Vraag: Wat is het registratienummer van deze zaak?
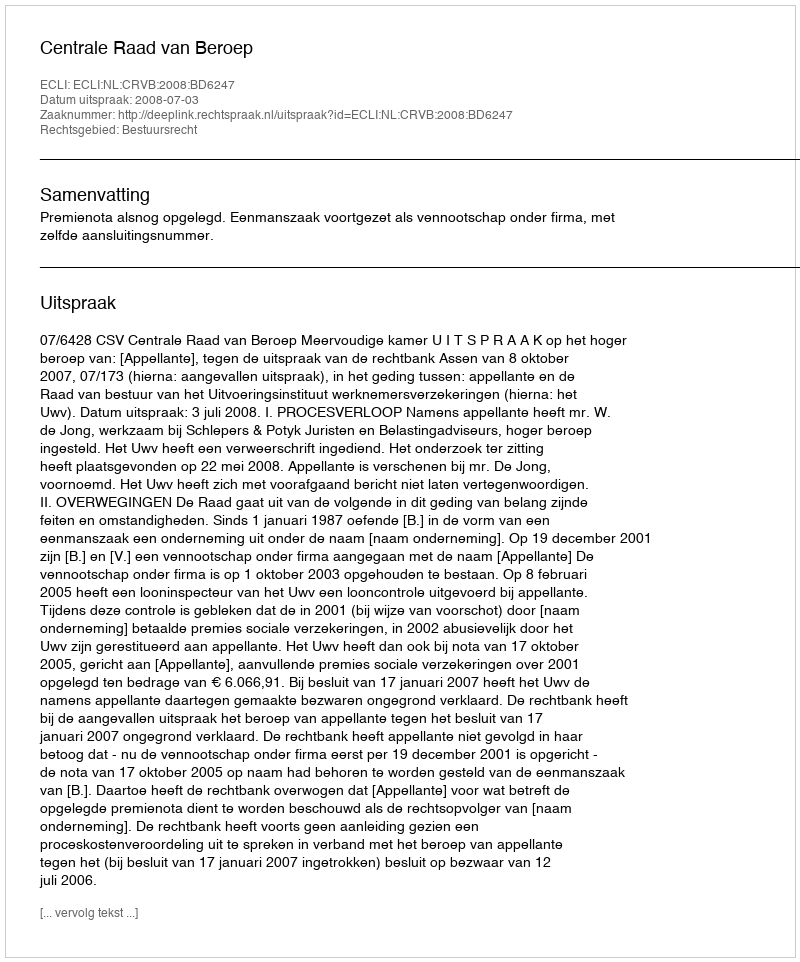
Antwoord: http://deeplink.rechtspraak.nl/uitspraak?id=ECLI:NL:CRVB:2008:BD6247